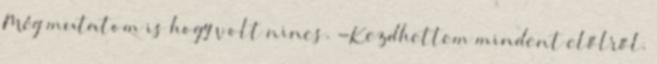
Még mutatom is hogy volt nincs. -Kezdhettem mindent előlről.